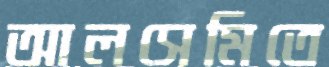
আলসেমিতে